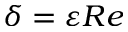
\delta = \varepsilon R e